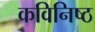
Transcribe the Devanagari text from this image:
कविनिष्ठ